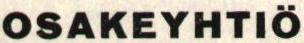
OSAKEYHTIÖ